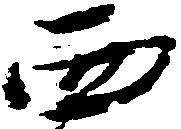
西